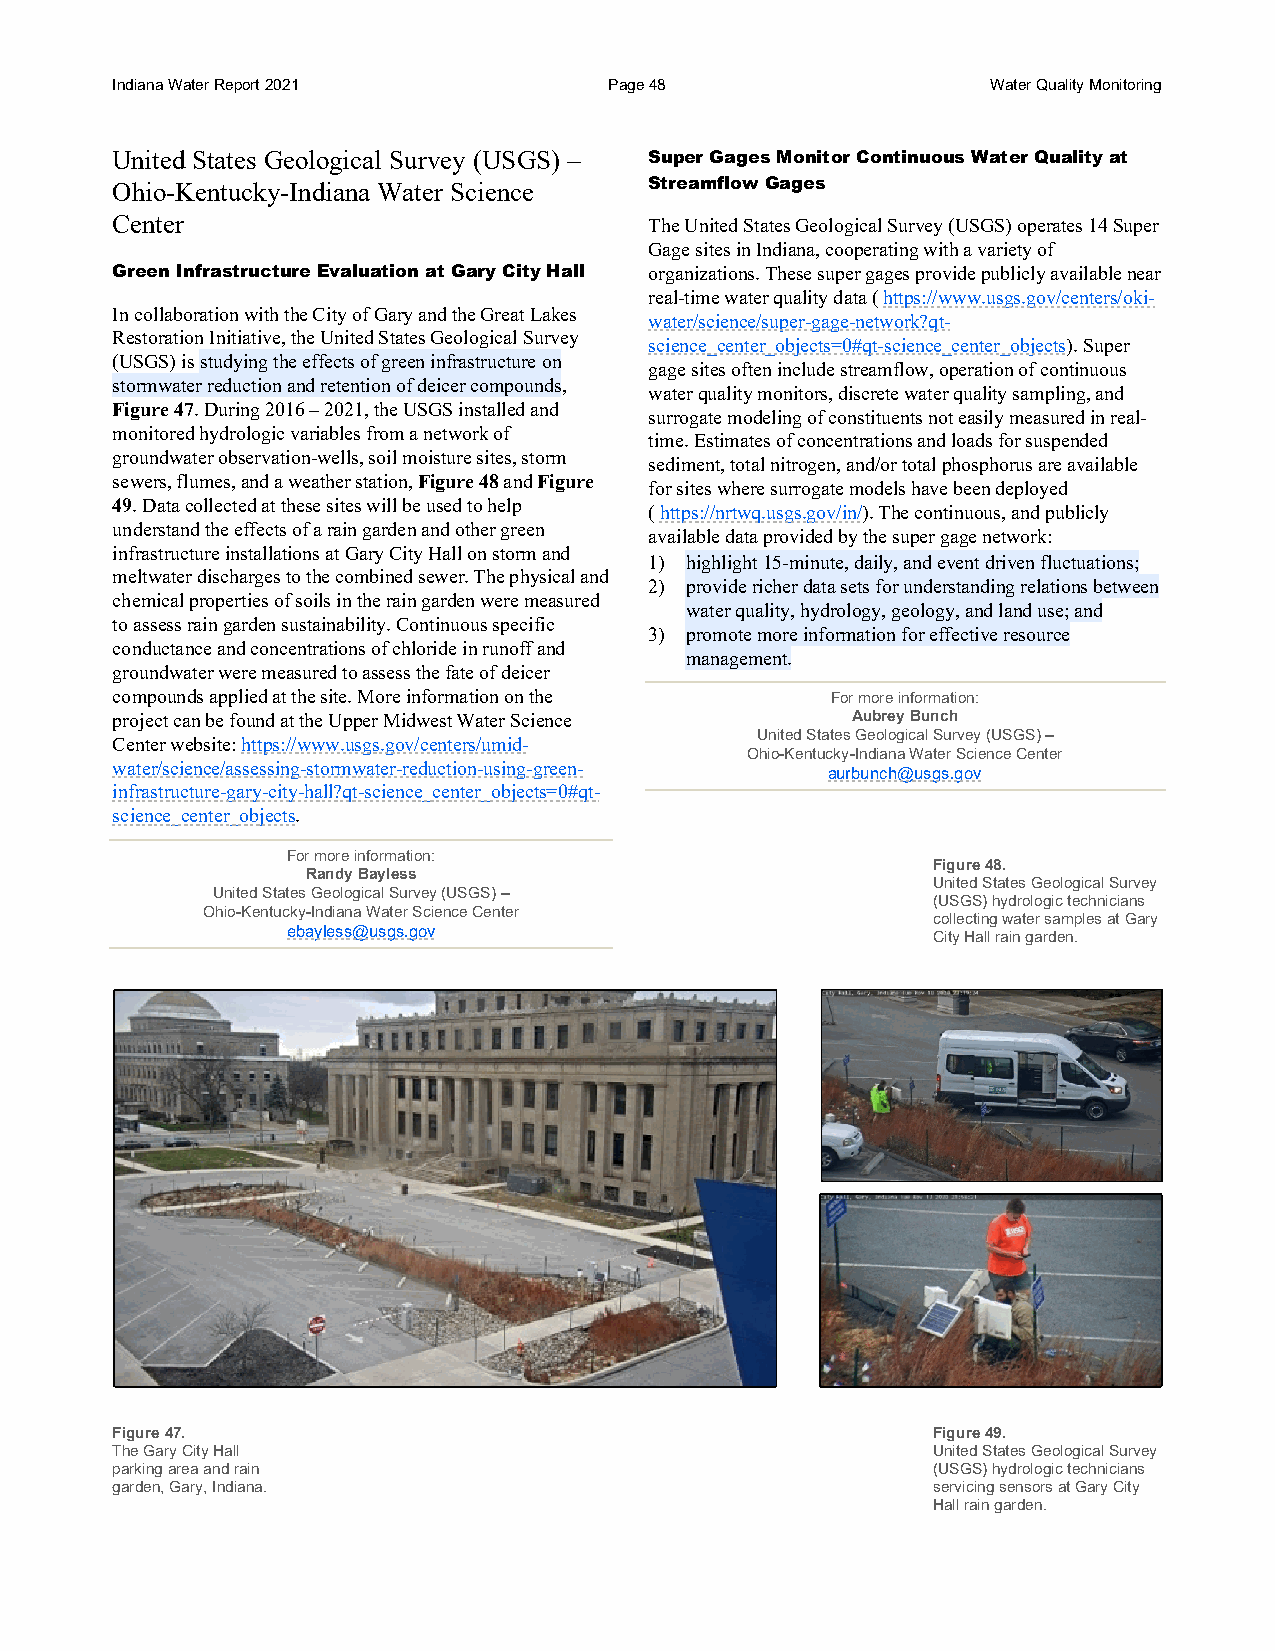
Indiana Water Report 2021        Page 48                   Water Quality Monitoring
 United States Geological Survey (USGS) – Super Gages Monitor Continuous Water Quality at
 Ohio-Kentucky-Indiana Water Science Streamflow Gages
 Center                              The United States Geological Survey (USGS) operates 14 Super
 Gage sites in Indiana, cooperating with a variety of
 Green Infrastructure Evaluation at Gary City Hall organizations. These super gages provide publicly available near
 real-time water quality data ( https://www.usgs.gov/centers/oki-
 In collaboration with the City of Gary and the Great Lakes
 water/science/super-gage-network?qt-
 Restoration Initiative, the United States Geological Survey
 science_center_objects=0#qt-science_center_objects). Super
 (USGS) is studying the effects of green infrastructure on
 gage sites often include streamflow, operation of continuous
 stormwater reduction and retention of deicer compounds,
 water quality monitors, discrete water quality sampling, and
 Figure 47. During 2016 – 2021, the USGS installed and
 surrogate modeling of constituents not easily measured in real-
 monitored hydrologic variables from a network of
 time. Estimates of concentrations and loads for suspended
 groundwater observation-wells, soil moisture sites, storm
 sediment, total nitrogen, and/or total phosphorus are available
 sewers, flumes, and a weather station, Figure 48 and Figure
 for sites where surrogate models have been deployed
 49. Data collected at these sites will be used to help
 ( https://nrtwq.usgs.gov/in/). The continuous, and publicly
 understand the effects of a rain garden and other green
 available data provided by the super gage network:
 infrastructure installations at Gary City Hall on storm and
 1) highlight 15-minute, daily, and event driven fluctuations;
 meltwater discharges to the combined sewer. The physical and
 2) provide richer data sets for understanding relations between
 chemical properties of soils in the rain garden were measured
 water quality, hydrology, geology, and land use; and
 to assess rain garden sustainability. Continuous specific
 3) promote more information for effective resource
 conductance and concentrations of chloride in runoff and
 management.
 groundwater were measured to assess the fate of deicer
 compounds applied at the site. More information on the For more information:
 project can be found at the Upper Midwest Water Science Aubrey Bunch
 United States Geological Survey (USGS) –
 Center website: https://www.usgs.gov/centers/umid-
 Ohio-Kentucky-Indiana Water Science Center
 water/science/assessing-stormwater-reduction-using-green-
 aurbunch@usgs.gov
 infrastructure-gary-city-hall?qt-science_center_objects=0#qt-
 science_center_objects.
 For more information:
 Figure 48.
 Randy Bayless
 United States Geological Survey
 United States Geological Survey (USGS) –
 (USGS) hydrologic technicians
 Ohio-Kentucky-Indiana Water Science Center
 collecting water samples at Gary
 ebayless@usgs.gov                          City Hall rain garden.
 Figure 47.                                             Figure 49.
 The Gary City Hall                                     United States Geological Survey
 parking area and rain                                  (USGS) hydrologic technicians
 garden, Gary, Indiana.                                 servicing sensors at Gary City
 Hall rain garden.